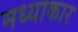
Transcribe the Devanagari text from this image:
मध्याकार